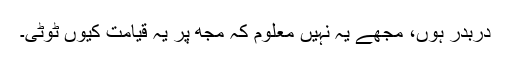
دربدر ہوں، مجھے یہ نہیں معلوم کہ مجھ پر یہ قیامت کیوں ٹوٹی۔